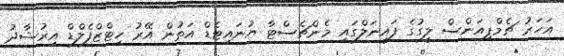
އަހަރު ޗެމްޕިއަންސް ލީގުގެ ފައިނަލްގައި މެންޗެސްޓާ ޔުނައިޓެޑް އަތުން އޭރު ހިޓްޒްފެލްޑް އިރުޝާދު